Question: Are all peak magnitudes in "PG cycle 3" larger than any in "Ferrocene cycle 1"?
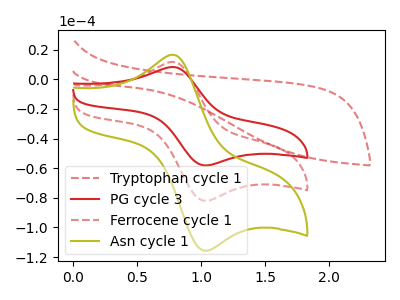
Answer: <think>The red dashed curve "Tryptophan cycle 1" has no peaks. The red curve "PG cycle 3" has an anodic peak at (0.80V, 8.30uA) and a cathodic peak at (1.05V, -58.15uA). The red dashed curve "Ferrocene cycle 1" has an anodic peak at (0.80V, 11.70uA) and a cathodic peak at (1.05V, -82.05uA). The olive curve "Asn cycle 1" has an anodic peak at (0.80V, 23.45uA) and a cathodic peak at (1.05V, -164.05uA).</think>
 <answer>Every peak in "PG cycle 3" is lower than every peak in "Ferrocene cycle 1".</answer>
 <eval>lower</eval>